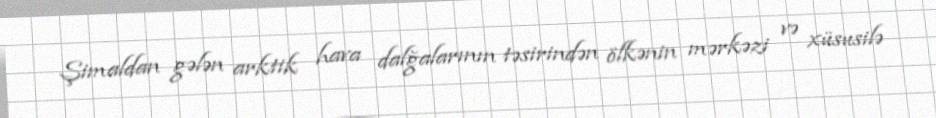
Şimaldan gələn arktik hava dalğalarının təsirindən ölkənin mərkəzi və xüsusilə